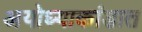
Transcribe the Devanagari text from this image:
अयोध्याकांडात